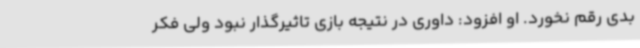
بدی رقم نخورد. او افزود: داوری در نتیجه بازی تاثیرگذار نبود ولی فکر